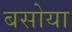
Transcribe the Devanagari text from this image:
बसोया